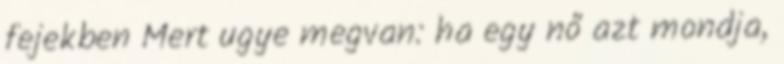
fejekben Mert ugye megvan: ha egy nő azt mondja,